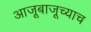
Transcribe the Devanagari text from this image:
आजूबाजूच्याच